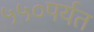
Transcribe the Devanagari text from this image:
५५०पर्यत